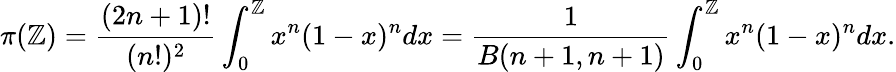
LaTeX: \pi(\mathbb{Z})=\frac{{(2n+1)!}}{{(n!)^{2}}}\int_{0}^{\mathbb{Z}}x^{n}(1-x)^{n}dx=\frac{{1}}{{B(n+1,n+1)}}\int_{0}^{\mathbb{Z}}x^{n}(1-x)^{n}dx.